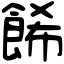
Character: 餙